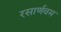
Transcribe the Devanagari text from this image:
रसार्णवम